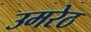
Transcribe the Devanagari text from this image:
उमरेठ